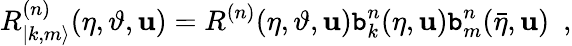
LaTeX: R_{|k,m\rangle}^{(n)}(\eta,\vartheta,\mathbf{u})=R^{(n)}(\eta,\vartheta,\mathbf{u})\mathtt{b}_{k}^{n}(\eta,\mathbf{u})\mathtt{b}_{m}^{n}(\bar{{\eta}},\mathbf{u})\, \, \, ,